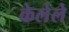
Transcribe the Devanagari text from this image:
केलेेले